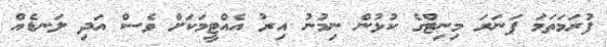
ފުރަމަތަމަ ފަނަރަ މިނިޓްގެ ކުޅުން ނިމުނު އިރު އެއްޓީމަކަށް ވެސް އަދި ލަނޑެއް